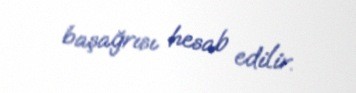
başağrısı hesab edilir.